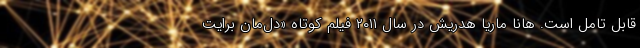
قابل تامل است. هانا ماریا هدریش در سال ۲۰۱۱ فیلم کوتاه «دل‌مان برایت